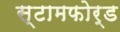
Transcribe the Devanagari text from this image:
स्टामफोर्ड